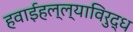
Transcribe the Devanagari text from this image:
हवाईहल्ल्याविरुद्ध